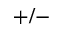
+ / -